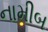
નામીબ